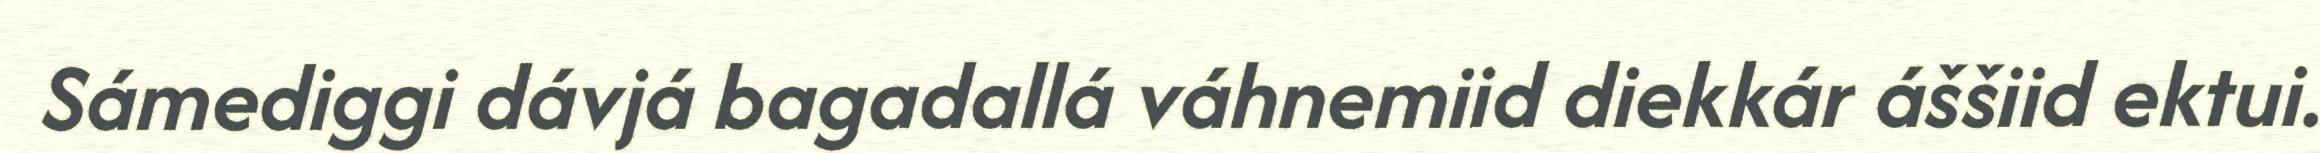
Sámediggi dávjá bagadallá váhnemiid diekkár áššiid ektui.